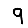
Digit: 9